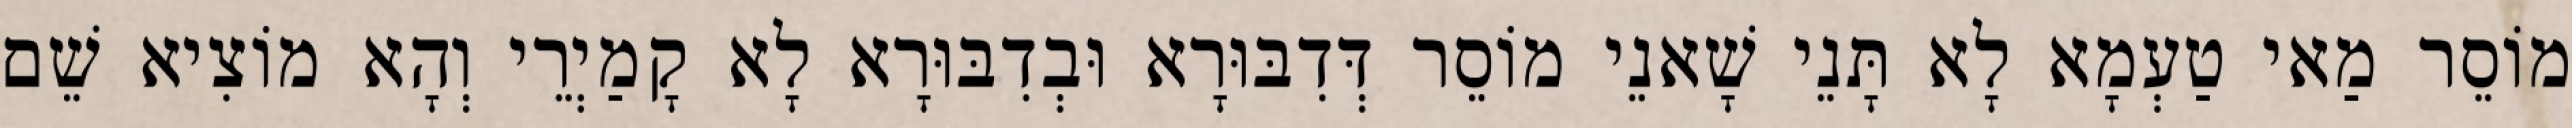
מוֹסֵר מַאי טַעְמָא לָא תָּנֵי שָׁאנֵי מוֹסֵר דְּדִבּוּרָא וּבְדִבּוּרָא לָא קָמַיְרֵי וְהָא מוֹצִיא שֵׁם